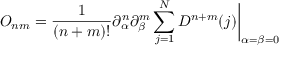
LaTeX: O _ { n m } = { \frac { 1 } { ( n + m ) ! } } \partial _ { \alpha } ^ { n } \partial _ { \beta } ^ { m } \sum _ { j = 1 } ^ { N } D ^ { n + m } ( j ) \biggr | _ { \alpha = \beta = 0 }